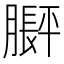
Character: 𬛙